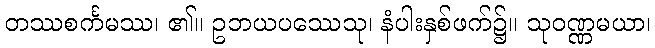
တဿစင်္ကမဿ၊ ၏။ ဥဘယပဿေသု၊ နံပါးနှစ်ဖက်၌။ သုဝဏ္ဏမယာ၊